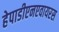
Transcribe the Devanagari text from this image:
हेपाडीएनएवायरस